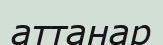
аттанар